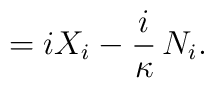
= i  X_i - \frac{i}\kappa\,  N_i.